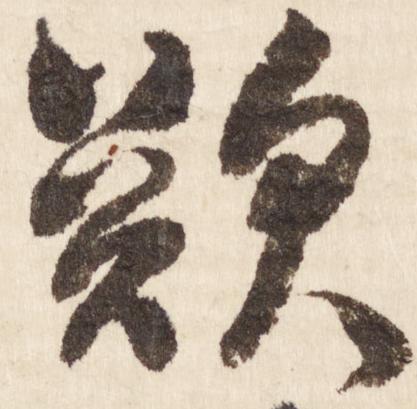
歎